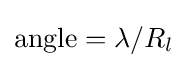
{\text{angle}}=\lambda /R_{l}